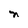
Character: n